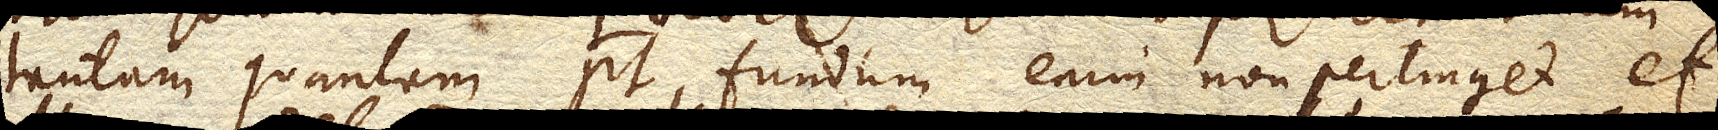
tantam quantam potest, fundum enim non pertinget et